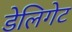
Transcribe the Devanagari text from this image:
डेलिगेट